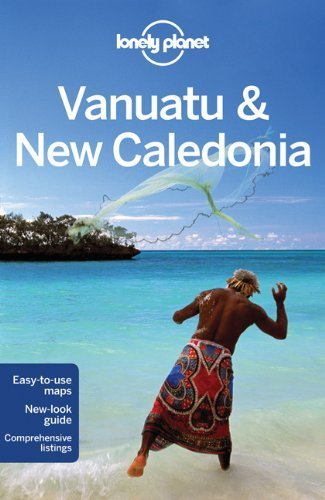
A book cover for Lonely Planet Vanuatu & New Caledonia (Travel Guide) by Lonely Planet, D'Arcy, Jayne (2012) Paperback; Travel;